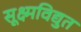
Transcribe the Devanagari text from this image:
सूक्ष्मविद्युत